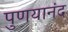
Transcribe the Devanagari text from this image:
पुणयानंद